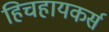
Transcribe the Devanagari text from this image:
हिचहायकर्स